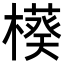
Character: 𬄲